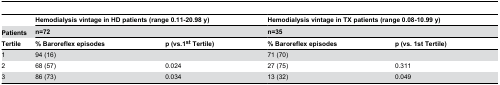
|  | <COLSPAN=2> Hemodialysis vintage in HD patients (range 0.11-20.98 y) | <COLSPAN=2> Hemodialysis vintage in TX patients (range 0.08-10.99 y) |
 | Patients | <COLSPAN=2> n=72 | <COLSPAN=2> n=35 |
 | Tertile | % Baroreflex episodes | p (vs.1st Tertile) | % Baroreflex episodes | p (vs. 1st Tertile) |
 | --- | --- | --- | --- | --- |
 | 1 | 94 (16) |  | 71 (70) |  |
 | 2 | 68 (57) | 0.024 | 27 (75) | 0.311 |
 | 3 | 86 (73) | 0.034 | 13 (32) | 0.049 |